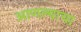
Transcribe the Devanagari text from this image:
आणल्याचा